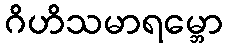
ဂိဟိသမာရမ္ဘော